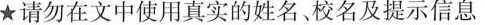
★请勿在文中使用真实的姓名校名及提示信息